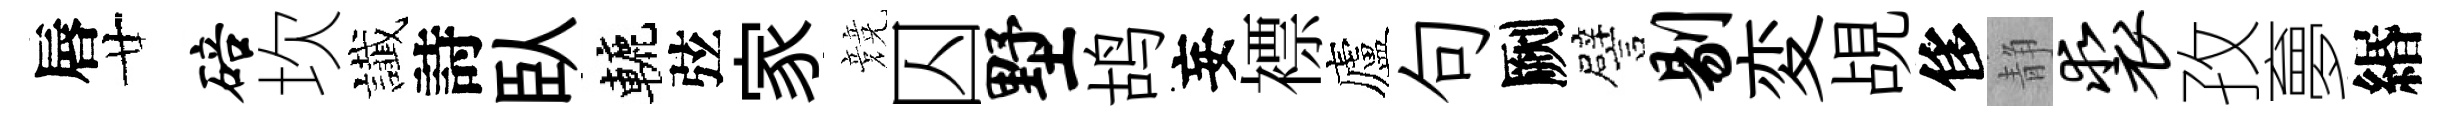
唇廿碚坎䜟詩臥轆弦家競囚墅鸪妄褾廬句劂譬剔変覘侈静裘孜夣緡